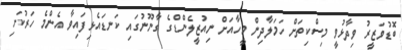
ބޮޑުވަޒީރު ވިދާޅުވީ މިސްކިތަށް ހަމަލާދިން މީހާއަށް ނިއުޒީލެންޑްގެ ގާނޫނުގައި ކަނޑައެޅިފައިވާ އެންމެ ހަރުކަށި